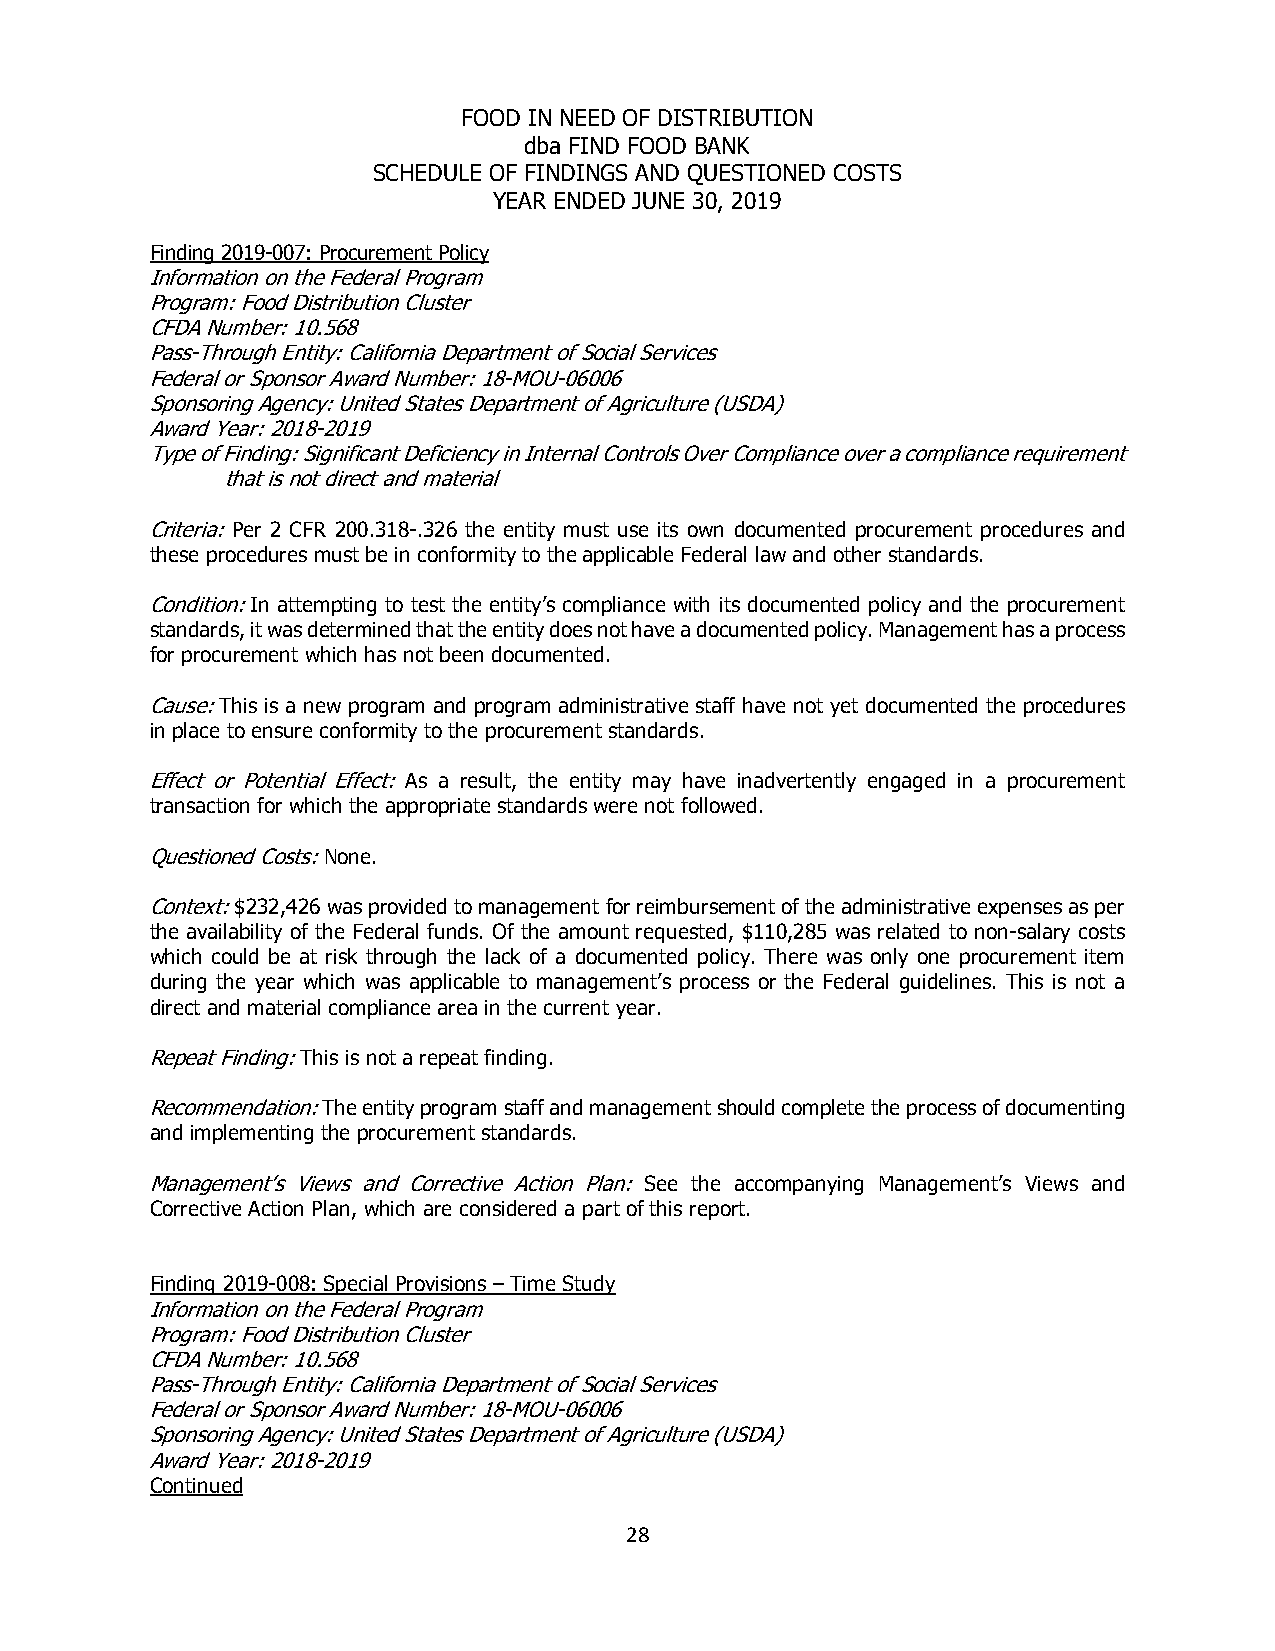
FOOD IN NEED OF DISTRIBUTION
 dba FIND FOOD BANK
 SCHEDULE OF FINDINGS AND QUESTIONED COSTS
 YEAR ENDED JUNE 30, 2019
 Finding 2019-007: Procurement Policy
 Information on the Federal Program
 Program: Food Distribution Cluster
 CFDA Number: 10.568
 Pass-Through Entity: California Department of Social Services
 Federal or Sponsor Award Number: 18-MOU-06006
 Sponsoring Agency: United States Department of Agriculture (USDA)
 Award Year: 2018-2019
 Type of Finding: Significant Deficiency in Internal Controls Over Compliance over a compliance requirement
 that is not direct and material
 Criteria: Per 2 CFR 200.318-.326 the entity must use its own documented procurement procedures and
 these procedures must be in conformity to the applicable Federal law and other standards.
 Condition: In attempting to test the entity’s compliance with its documented policy and the procurement
 standards, it was determined that the entity does not have a documented policy. Management has a process
 for procurement which has not been documented.
 Cause: This is a new program and program administrative staff have not yet documented the procedures
 in place to ensure conformity to the procurement standards.
 Effect or Potential Effect: As a result, the entity may have inadvertently engaged in a procurement
 transaction for which the appropriate standards were not followed.
 Questioned Costs: None.
 Context: $232,426 was provided to management for reimbursement of the administrative expenses as per
 the availability of the Federal funds. Of the amount requested, $110,285 was related to non-salary costs
 which could be at risk through the lack of a documented policy. There was only one procurement item
 during the year which was applicable to management’s process or the Federal guidelines. This is not a
 direct and material compliance area in the current year.
 Repeat Finding: This is not a repeat finding.
 Recommendation: The entity program staff and management should complete the process of documenting
 and implementing the procurement standards.
 Management’s Views and Corrective Action Plan: See the accompanying Management’s Views and
 Corrective Action Plan, which are considered a part of this report.
 Finding 2019-008: Special Provisions – Time Study
 Information on the Federal Program
 Program: Food Distribution Cluster
 CFDA Number: 10.568
 Pass-Through Entity: California Department of Social Services
 Federal or Sponsor Award Number: 18-MOU-06006
 Sponsoring Agency: United States Department of Agriculture (USDA)
 Award Year: 2018-2019
 Continued
 28